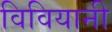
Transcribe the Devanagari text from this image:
विवियानी